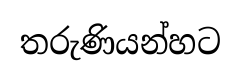
තරුණියන්හට